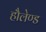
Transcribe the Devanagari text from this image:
हौलेण्ड